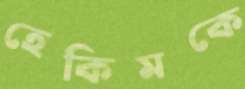
হেকিমকে